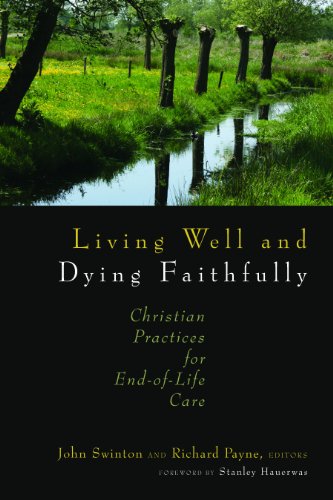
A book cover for Living Well and Dying Faithfully: Christian Practices for End-of-Life Care; Christian Books & Bibles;